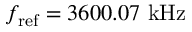
f _ { \mathrm { r e f } } = 3 6 0 0 . 0 7 ~ \mathrm { k H z }